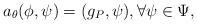
LaTeX: \begin{align*}a_\theta(\phi, \psi) = (g_P,\psi), \forall \psi \in \Psi,\end{align*}